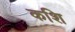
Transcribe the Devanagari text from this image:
कशि